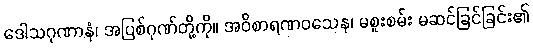
ဒေါသဂုဏာနံ၊ အပြစ်ဂုဏ်တို့ကို။ အဝိစာရဏဝသေန၊ မစူးစမ်း မဆင်ခြင်ခြင်း၏